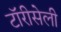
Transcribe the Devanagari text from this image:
टॉरीसेली